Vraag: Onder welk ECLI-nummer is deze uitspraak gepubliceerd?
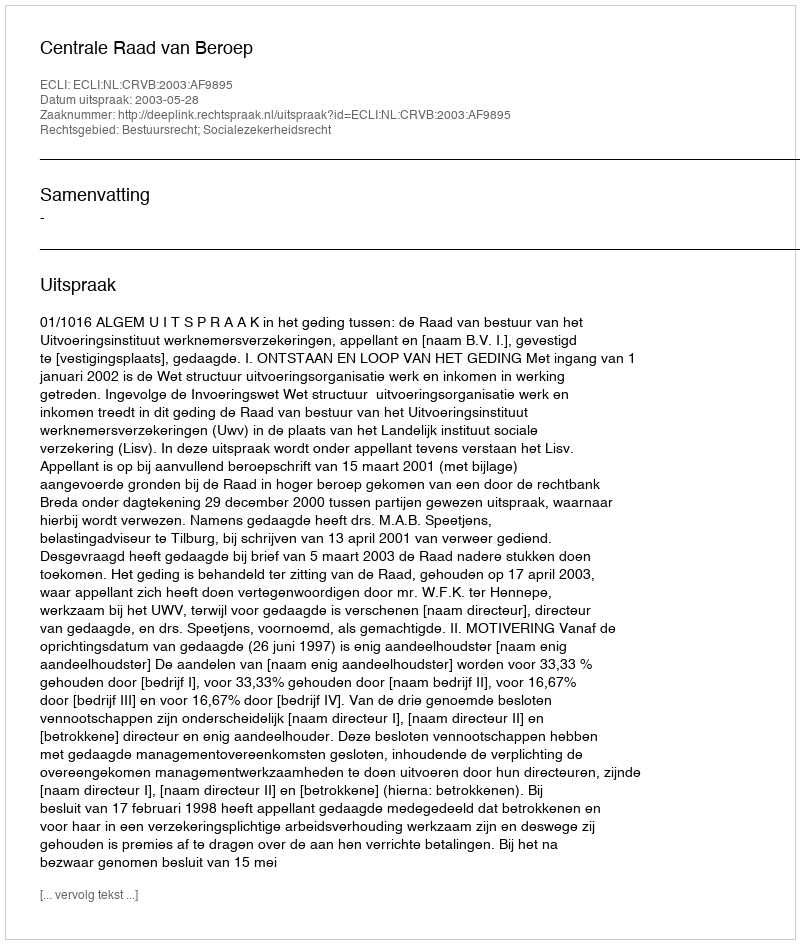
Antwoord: ECLI:NL:CRVB:2003:AF9895